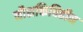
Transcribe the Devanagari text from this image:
नौशक्तिविहीन